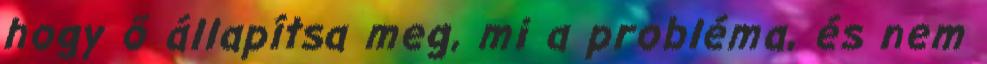
hogy ő állapítsa meg, mi a probléma, és nem